Calcutta medical institutions reports 1871-78
Year: 1871
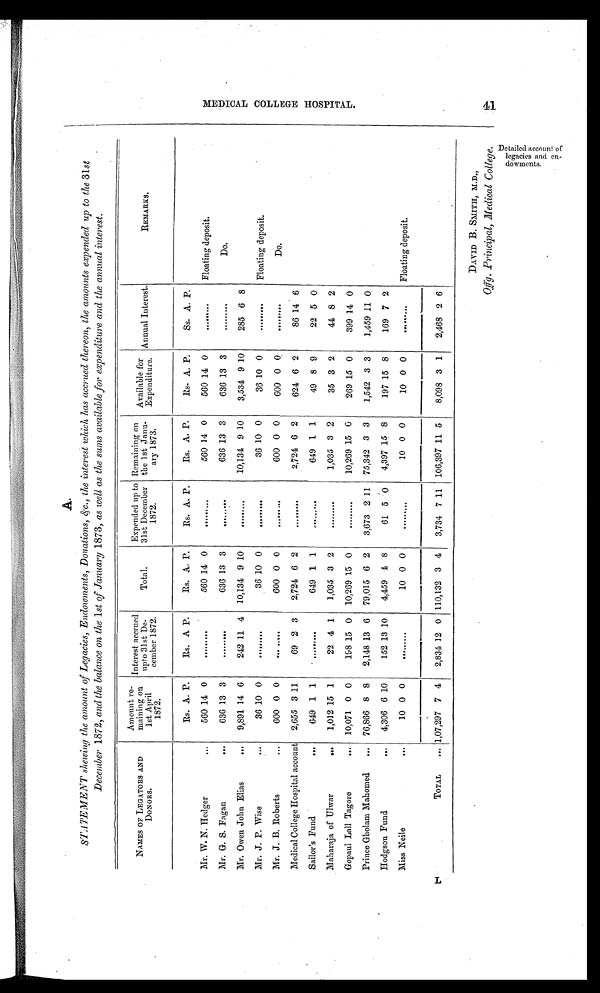
A.
STATEMENT showing the amount of Legacies, Endowments, Donations, &.c., the interest which has accrued thereon, the amounts expended up to the 31st
December 1872, and the balance on the 1st of January 1873, as well as the sums available for expenditure and the annual interest.
NAMES OF LEGATORS AND
DONORS.
Amount re-
maining on
1st April
1872.
Interest accrued
upto 31st December 1872.
Total.
Expended up to
31st December
1872.
Remaining on
the 1st
January 1873.
Available for
Expenditure. Annual Interest.
REMARKS.
Rs. A. P.
Rs. A. P.
Rs. A. P.
Rs. A. P.
Rs. A. P.
Rs. A. P.
Rs. A. P.
Mr. W. N. Hedger
...
560 14 0
. . . . . . . . .
560 14 0
. . . . . . . . .
560 14 0
560 14 0
. . . . . . . . . Floating deposit.
Mr. G. S. Fagan
...
636 13 3
. . . ...
. . .
636 13 3
....
. . . . . .
636 13 3
636 13 3
. . . . . . . . .
Do.
Mr. Owen John Elias
...
9,891 14 6
242 11 4 10,134 9 10
. . . . . . . . . 10,134 9 10
3,534 9 10
285 6 8
Mr. J. P. Wise
...
36 10 0
. . . . . . . . .
36 10 0
. . . . . . . . .
36 10 0
36 10 0
. . . . . . . . . Floating deposit.
Mr. J. B. Roberts
...
600 0 0
... . . . . . .
600 0 0
. . . . . . . . .
600 0 0
600 0 0
. . . . . . . . .
Do.
Medical College Hospital account 2,655 3 11
69 2 3
2,724 6 2
. . . . . . . . . 2,724 6 2
624 6 2
86 14 6
Sailor's Fund
...
649 1 1
. . . . . . . . .
649 1 1
. . .
. . . . . .
649 1 1
49 8 9
22 5 0
Maharaja of Ulwar
...
1,012 15 1
22 4 1
1,035 3 2
. . . . . . . . . 1,035 3 2
35 3 2
44 8 2
Gopaul Lall Tagore
... 10,071 0 0
198 15 0 10,269 15 0
. . . . . . . . . 10,269 15 0
269 15 0
399 14 0
Prince Gholam Mahomed
... 76,866 8 8
2,148 13 6 79,015 6 2
3,673 2 11 75,342 3 3
1,542 3 3
1,459 11 0
Hodgson Fund
...
4,306 6 10
152 13 10
4,459
4 8
61 5 0
4,397 15 8
197 15 8
169 7 2
Miss Neile
...
10 0 0
. . . . . . . . .
10 0 0
. . . . . . . . .
10 0 0
10 0 0
. . . . . . . . . Floating deposit.
TOTAL
... 1,07,297 7 4
2,834 12 0 110,132 3 4
3,734 7 11 106,397 11 5
8,098 3 1
2,468 2 6
DAVID B. SMITH, M.D.,